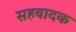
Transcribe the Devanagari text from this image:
सहवादक